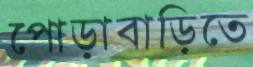
পোড়াবাড়িতে